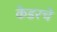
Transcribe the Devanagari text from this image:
केडरचे